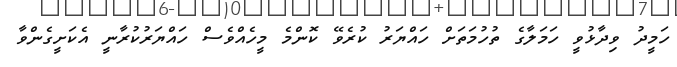
ހަމީދު ވިދާޅުވީ ހަމަލާގެ ތުހުމަތަށް ހައްޔަރު ކުރެވޭ ކޮންމެ މީހެއްވެސް ހައްޔަރުކުރާނީ އެކަށީގެންވާ